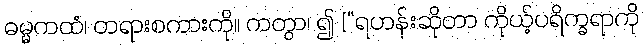
ဓမ္မကထံ၊ တရားစကားကို။ ကတွာ၊ ၍ [“ရဟန်းဆိုတာ ကိုယ့်ပရိက္ခရာကို